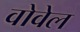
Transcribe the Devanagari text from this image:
वोवेल